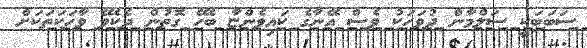
ސަބަބަކީ ސަލްމާން ދުވަހަކު ވެސް އޭނާގެ ކައިވެންޏާ ބެހޭ ގޮތުން ދެކެވޭ ވާހަކަތަކަށް